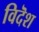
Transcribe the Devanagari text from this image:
विदॆश